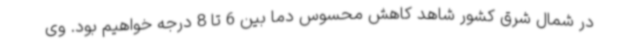
در شمال شرق کشور شاهد کاهش محسوس دما بین 6 تا 8 درجه خواهیم بود. وی